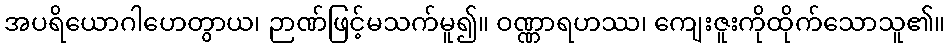
အပရိယောဂါဟေတွာယ၊ ဉာဏ်ဖြင့်မသက်မူ၍။ ဝဏ္ဏာရဟဿ၊ ကျေးဇူးကိုထိုက်သောသူ၏။